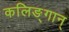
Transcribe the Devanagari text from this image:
कलिङ्गान्‌